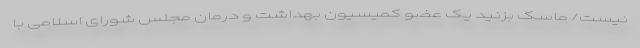
نیست/ ماسک بزنید یک عضو کمیسیون بهداشت و درمان مجلس شورای اسلامی با